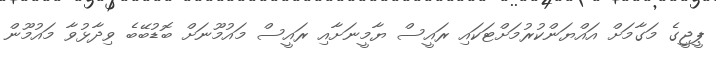
ޕީޖީގެ މަގާމަށް އައްޔަންކުރުމަށްޓަކައި ރައީސް ޔާމީނަށާއި ރައީސް މައުމޫނަށް ބޮޑުބޭބެ ވިދާޅުވާ މައުމޫން